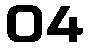
04